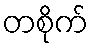
တစိုက်